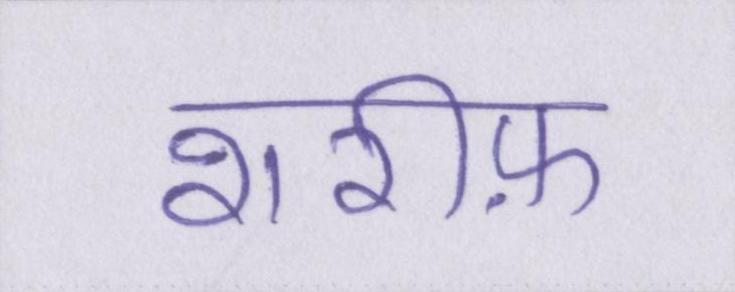
शरीफ़